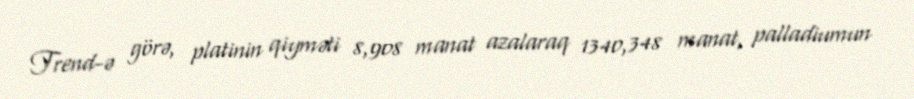
Trend-ə görə, platinin qiyməti 8,908 manat azalaraq 1340,348 manat, palladiumun